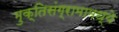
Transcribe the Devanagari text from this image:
मुक्तिसंग्रामामध्ये